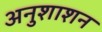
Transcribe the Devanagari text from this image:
अनुशाशन